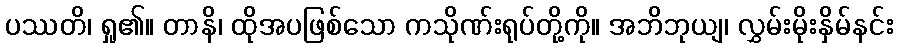
ပဿတိ၊ ရှု၏။ တာနိ၊ ထိုအပဖြစ်သော ကသိုဏ်းရုပ်တို့ကို။ အဘိဘုယျ၊ လွှမ်းမိုးနှိမ်နင်း